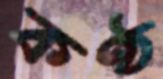
কণ্ঠ